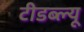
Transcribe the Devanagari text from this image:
टीडब्‍ल्‍यू